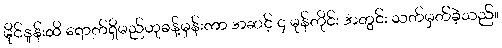
မိုင်နှုန်းထိ ရောက်ရှိမည်ဟုခန့်မှန်းကာ အဆင့် ၄ မုန်တိုင်း အတွင်း သတ်မှတ်ခဲ့သည်။